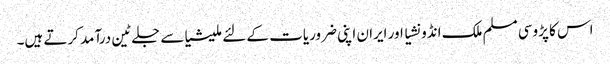
اس کا پڑوسی مسلم ملک انڈونشیا اور ایران اپنی ضروریات کے لئے ملیشیاسے جلے ٹین درآمد کرتے ہیں۔